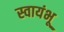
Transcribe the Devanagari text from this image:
स्वायंभू